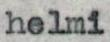
helmi